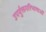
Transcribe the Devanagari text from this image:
उपर्युक्तपरिभाषाओं